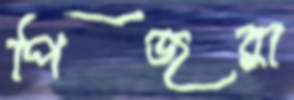
পিঁজরা